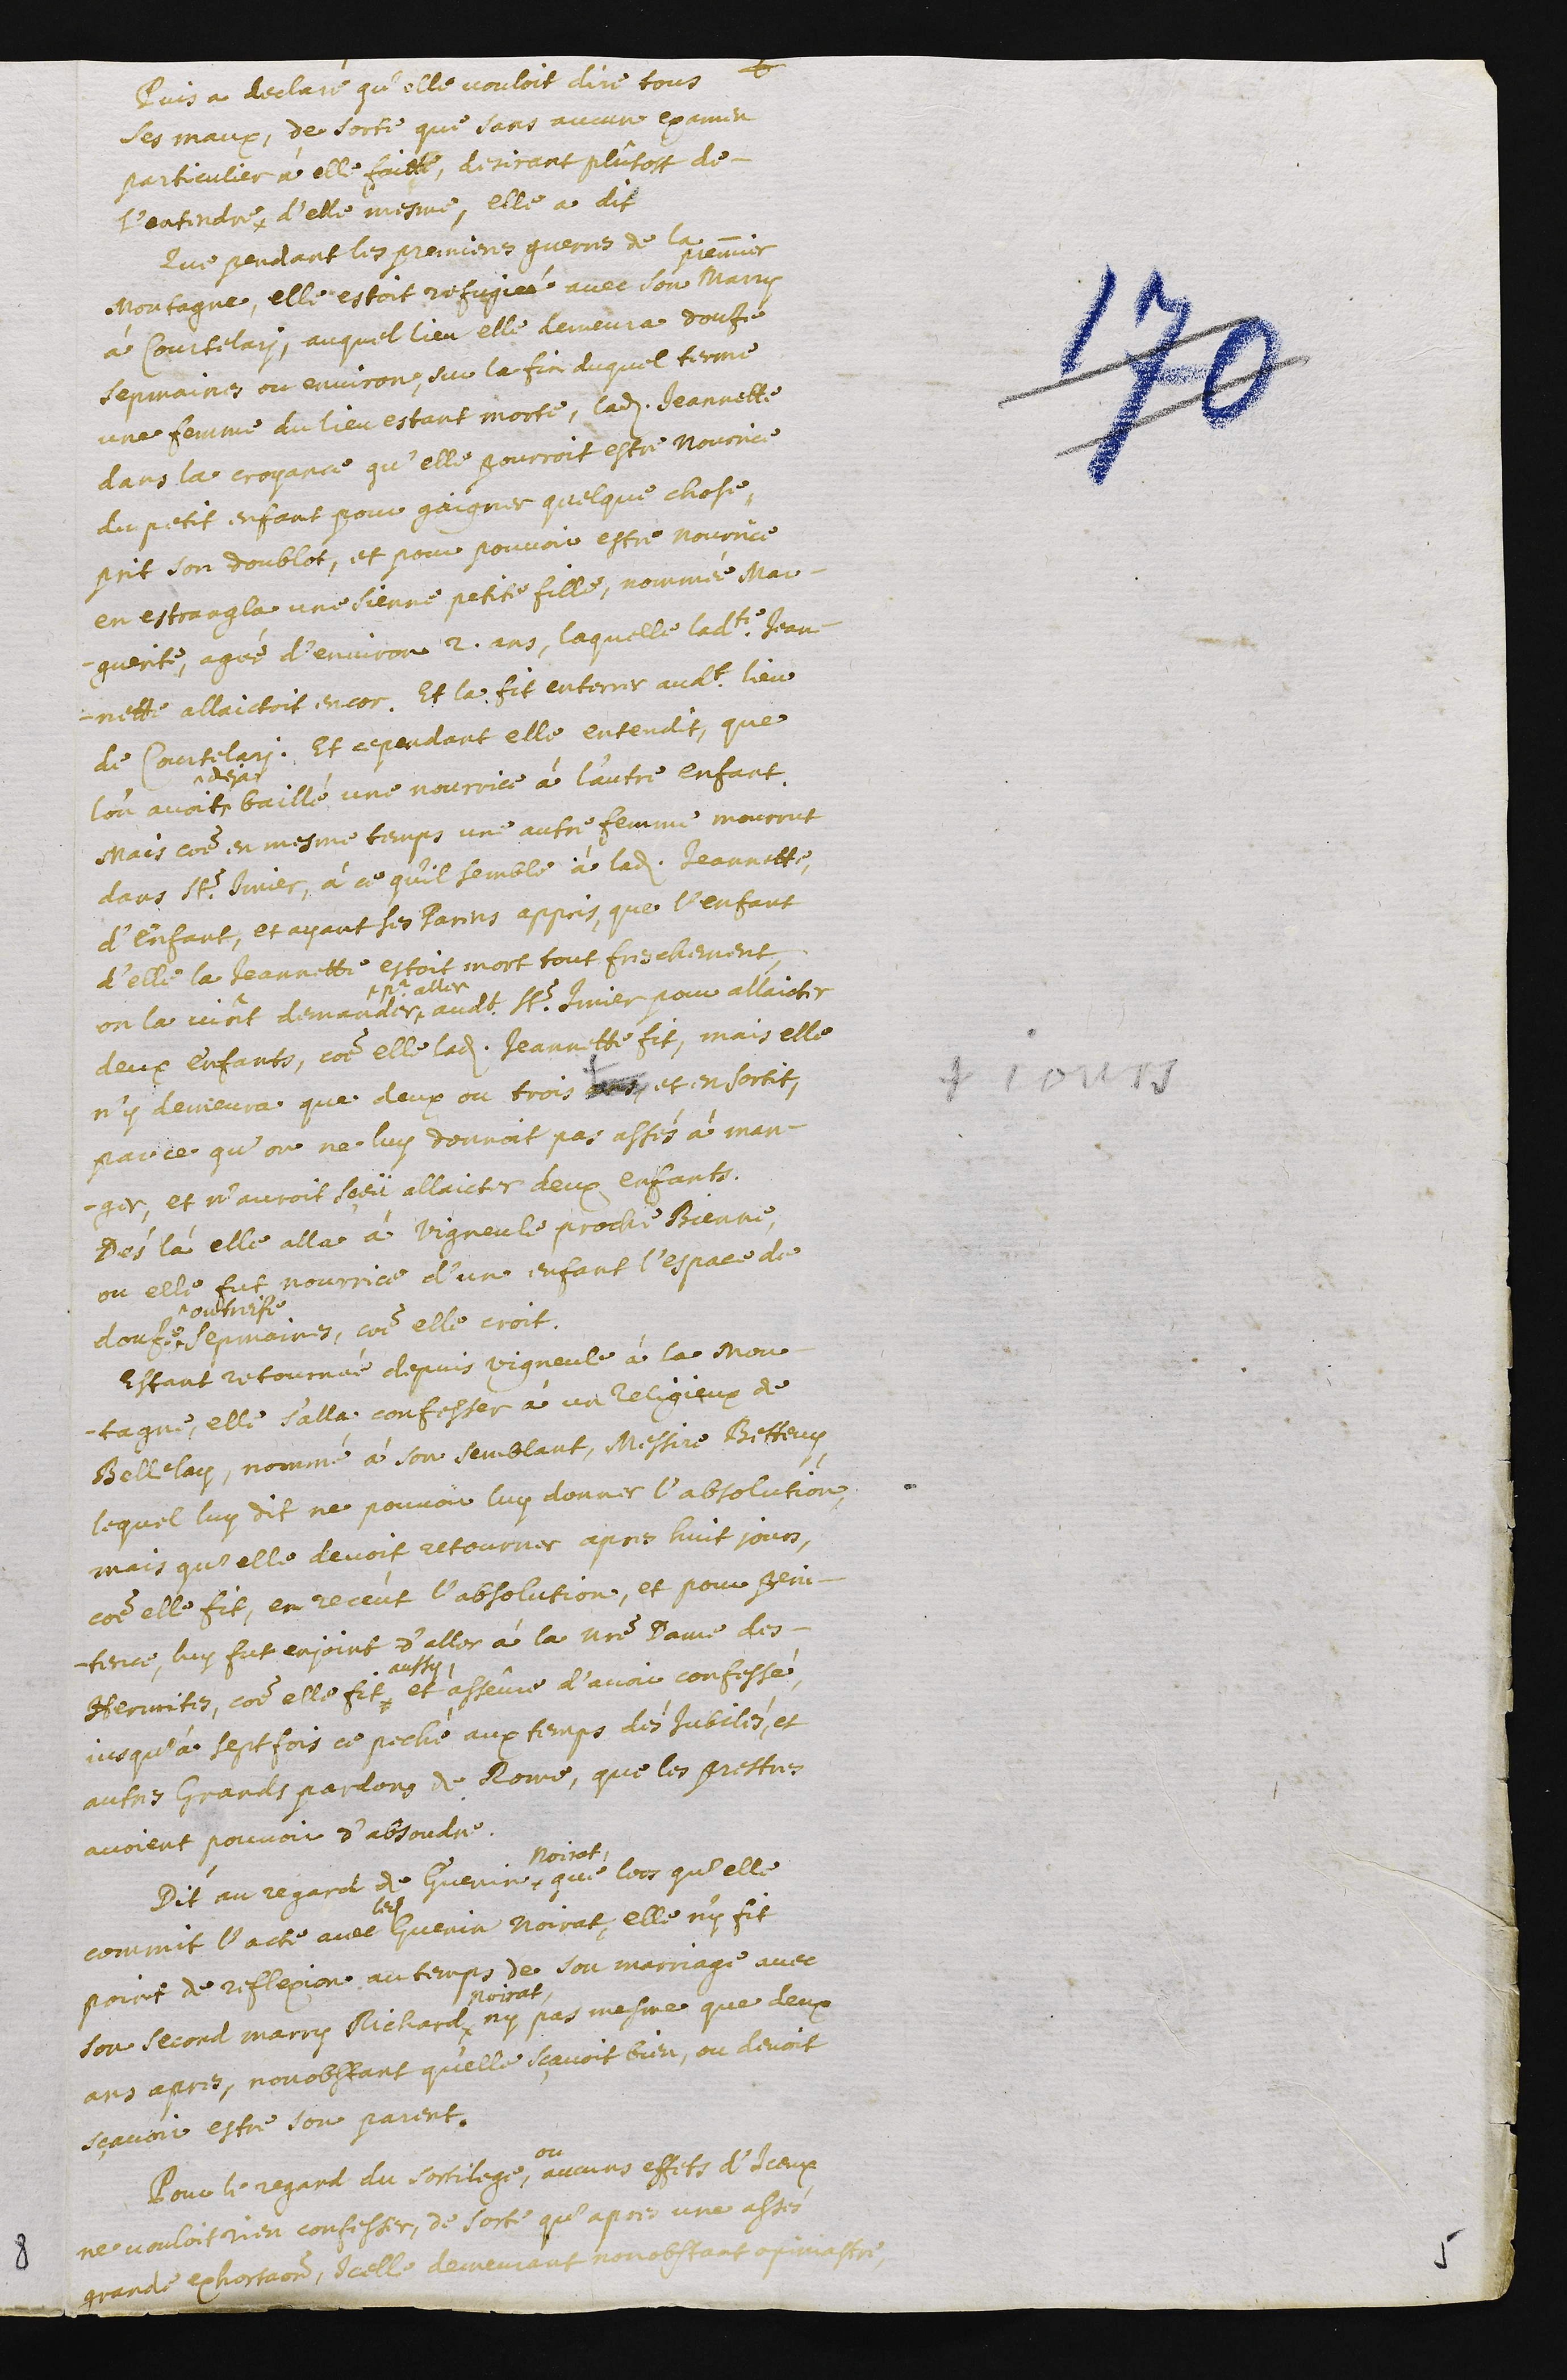
+
Puis a declaré qu’elle vouloit dire tous
ses maux, de sorte que sans aucun examen
particulier à elle faict, desirant plûtost de
l’entendre d’elle mesme, elle a dit
Que pendant les premieres guerres de la
montagne, elle estoit refugiée avec son
premier
marry
à Courtelary, auquel lieu elle demeura douze
sepmaines ou environ. Sur la fin duquel terme
une femme du lieu estant morte, ladite Jeannette,
dans la croyance qu’elle pourroit estre nourrice
du petit enfant pour gaigner quelque chose,
prit son doublot, et pour pouvoir estre nourrice
en estrangla une sienne petite fille, nommée Mar-
guerite, agée d’environ 2 ans, laquelle ladite Jean-
nette allaictoit encor. Et la fit enterrer audit lieu
de Courtelary. Et cepandant elle entendit, que
l’on avoit^
^deja
baillé une nourrice à l’autre enfant.
Mais comme en mesme temps une autre femme mourrut
dans St. Imier, à ce qu’il semble à ladite Jeannette,
d’enfant, et ayant ses parens appris, que l’enfant
d’elle, la Jeannette, estoit mort tout freschement,
on la vint demander^
pour aller
audit St. Imier pour allaicter
deux enfants, comme elle, ladite Jeannette, fit, mais elle
n’y demeura que deux ou trois ans +
+ jours
et en sortit,
parce qu’on ne luy donnoit pas assés à man-
ger, et n’auroit sçeü allaicter deux enfants.
Dés là elle alla à Vigneule proche Bienne,
ou elle fut nourrice d’une enfant l’espace de
douze^
^ou treize
sepmaines, comme elle croit.
Estant retournée depuis Vigneule à la mon-
tagne, elle s’alla confesser à un religieux de
Bellelay, nommé à son semblant, Messire Betteny,
lequel luy dit ne pouvoir luy donner l’absolution,
mais qu’elle devoit retourner apres huit jours,
comme elle fit. En receut l’absolution, et pour peni-
tence, luy fut enjoint d’aller à la notre Dame des
Hermites, comme elle fit
aussy,
et asseûre d’avoir confessé,
jusqu’à sept fois ce peché aux temps dés jubilés, et
autres grands pardons de Rome, que les prestres
avoient pouvoir d’absoudre.
Dit au regard de Guenin ^
Noirat,
que lors qu’elle
commit l’acte avec
ledit
Guenin Noirat, elle n’y fit
point de reflexion au temps de son marriage avec
son second marry Richard^
Noirat,
ny pas mesme que deux
ans apres, nonobstant qu’elle sçavoit bien, ou devoit
sçavoir estre son parent.
Pour le regard du sortilege,
ou
aucuns effets d’iceux
ne vouloit rien confesser, de sorte qu’apres une assés
grande exhortation, icelle demeurant nonobstant opiniastre,